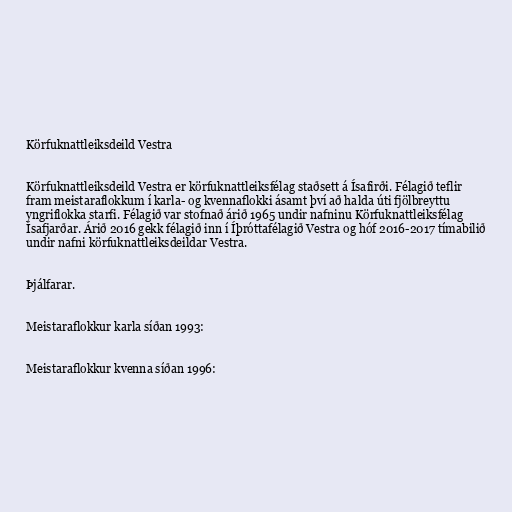
Körfuknattleiksdeild Vestra

Körfuknattleiksdeild Vestra er körfuknattleiksfélag staðsett á Ísafirði. Félagið teflir
fram meistaraflokkum í karla- og kvennaflokki ásamt því að halda úti fjölbreyttu
yngriflokka starfi. Félagið var stofnað árið 1965 undir nafninu Körfuknattleiksfélag
Ísafjarðar. Árið 2016 gekk félagið inn í Íþróttafélagið Vestra og hóf 2016-2017 tímabilið
undir nafni körfuknattleiksdeildar Vestra.

Þjálfarar.

Meistaraflokkur karla síðan 1993:

Meistaraflokkur kvenna síðan 1996: